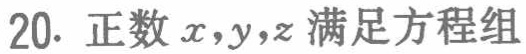
20. 正数\(x,y,z\)满足方程组